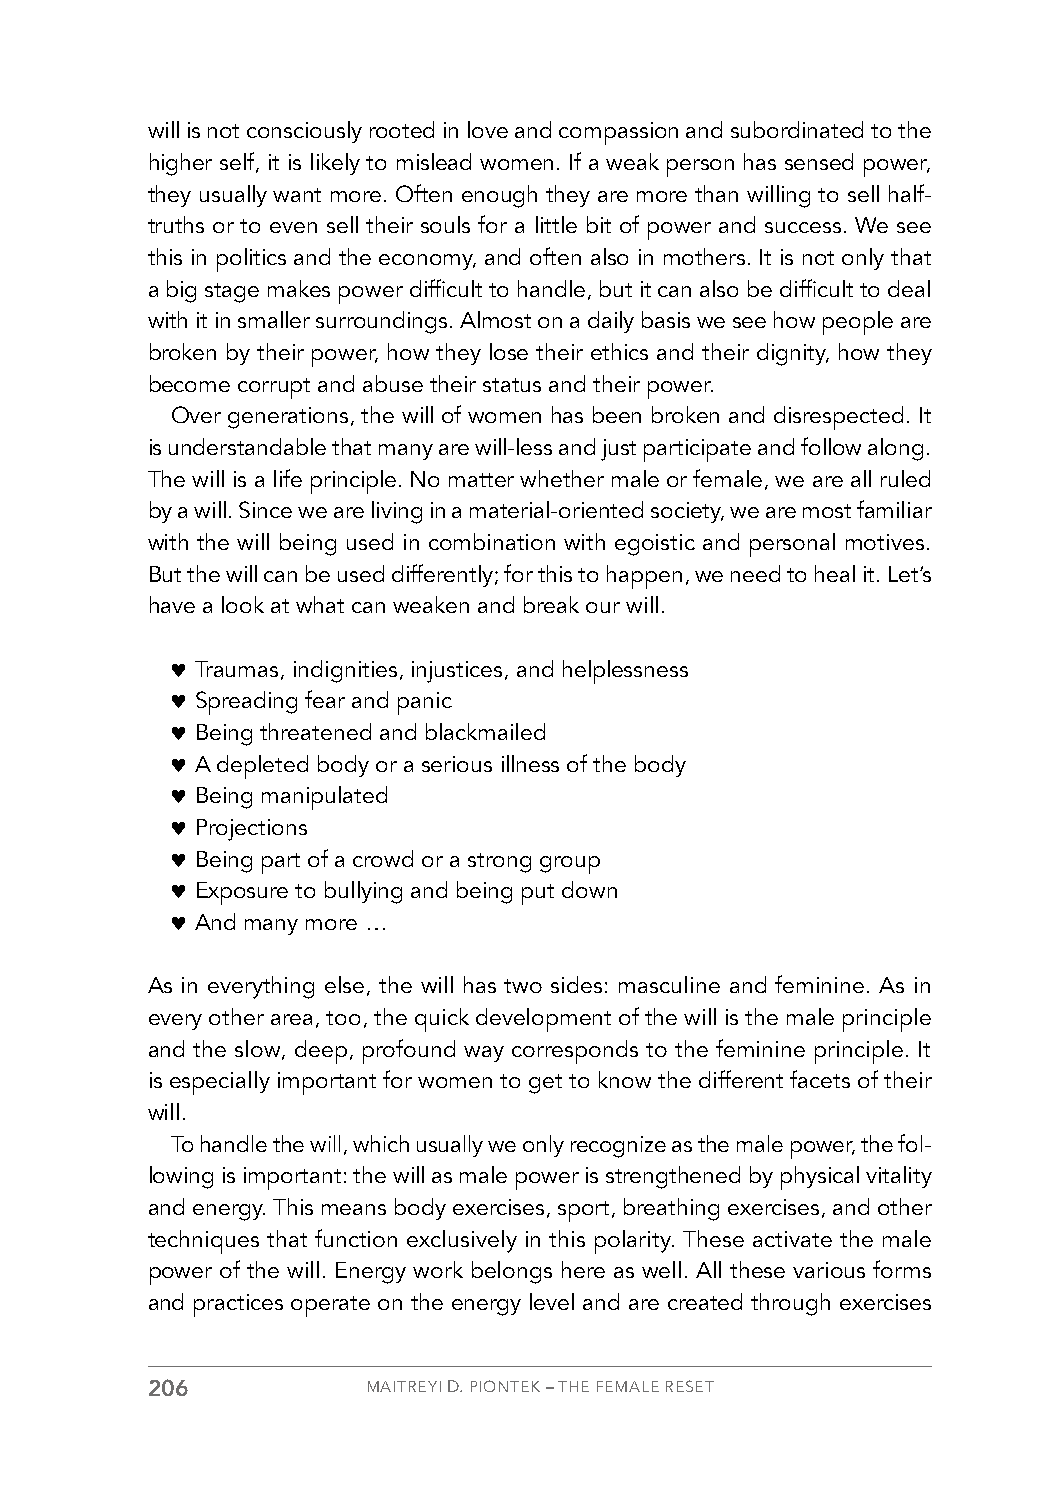
will is not consciously rooted in love and compassion and subordinated to the
 higher self, it is likely to mislead women. If a weak person has sensed power,
 they usually want more. Often enough they are more than willing to sell half-
 truths or to even sell their souls for a little bit of power and success. We see
 this in politics and the economy, and often also in mothers. It is not only that
 a big stage makes power difficult to handle, but it can also be difficult to deal
 with it in smaller surroundings. Almost on a daily basis we see how people are
 broken by their power, how they lose their ethics and their dignity, how they
 become corrupt and abuse their status and their power.
 Over generations, the will of women has been broken and disrespected. It
 is understandable that many are will-less and just participate and follow along.
 The will is a life principle. No matter whether male or female, we are all ruled
 by a will. Since we are living in a material-oriented society, we are most familiar
 with the will being used in combination with egoistic and personal motives.
 But the will can be used differently; for this to happen, we need to heal it. Let’s
 have a look at what can weaken and break our will.
 ♥ Traumas, indignities, injustices, and helplessness
 ♥ Spreading fear and panic
 ♥ Being threatened and blackmailed
 ♥ A depleted body or a serious illness of the body
 ♥ Being manipulated
 ♥ Projections
 ♥ Being part of a crowd or a strong group
 ♥ Exposure to bullying and being put down
 ♥ And many more …
 As in everything else, the will has two sides: masculine and feminine. As in
 every other area, too, the quick development of the will is the male principle
 and the slow, deep, profound way corresponds to the feminine principle. It
 is especially important for women to get to know the different facets of their
 will.
 To handle the will, which usually we only recognize as the male power, the fol-
 lowing is important: the will as male power is strengthened by physical vitality
 and energy. This means body exercises, sport, breathing exercises, and other
 techniques that function exclusively in this polarity. These activate the male
 power of the will. Energy work belongs here as well. All these various forms
 and practices operate on the energy level and are created through exercises
 206           MAITREYI D. PIONTEK – THE FEMALE RESET